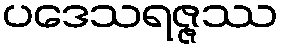
ပဒေသရဇ္ဇဿ